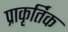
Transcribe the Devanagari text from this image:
प्राकृर्तिक